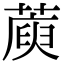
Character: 𦺮